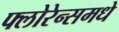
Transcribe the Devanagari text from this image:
फ्लोरेन्समधे